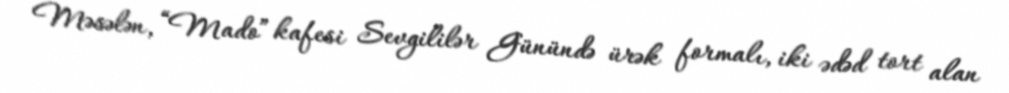
Məsələn, “Mado” kafesi Sevgililər Günündə ürək formalı, iki ədəd tort alan